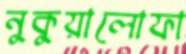
নুকুয়ালোফা